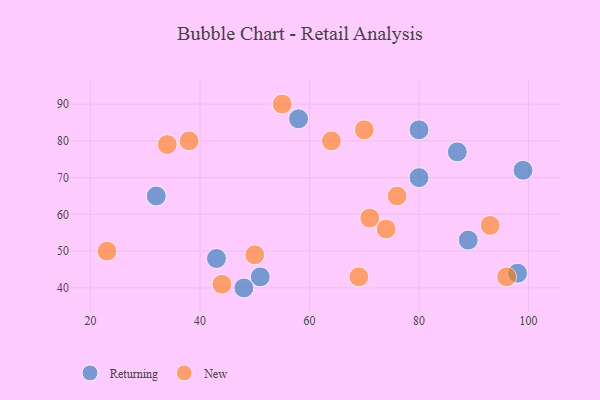
{"axis": {"x": "GDP", "y": "Life Expectancy"}, "legend": ["New", "Returning"], "data": [{"x": "51", "y": 43, "type": "Returning"}, {"x": "98", "y": 44, "type": "Returning"}, {"x": "80", "y": 70, "type": "Returning"}, {"x": "43", "y": 48, "type": "Returning"}, {"x": "87", "y": 77, "type": "Returning"}, {"x": "48", "y": 40, "type": "Returning"}, {"x": "32", "y": 65, "type": "Returning"}, {"x": "89", "y": 53, "type": "Returning"}, {"x": "80", "y": 83, "type": "Returning"}, {"x": "99", "y": 72, "type": "Returning"}, {"x": "58", "y": 86, "type": "Returning"}, {"x": "64", "y": 80, "type": "New"}, {"x": "93", "y": 57, "type": "New"}, {"x": "50", "y": 49, "type": "New"}, {"x": "96", "y": 43, "type": "New"}, {"x": "55", "y": 90, "type": "New"}, {"x": "69", "y": 43, "type": "New"}, {"x": "38", "y": 80, "type": "New"}, {"x": "74", "y": 56, "type": "New"}, {"x": "34", "y": 79, "type": "New"}, {"x": "76", "y": 65, "type": "New"}, {"x": "44", "y": 41, "type": "New"}, {"x": "23", "y": 50, "type": "New"}, {"x": "70", "y": 83, "type": "New"}, {"x": "71", "y": 59, "type": "New"}]}